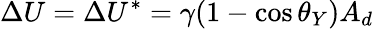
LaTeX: \Delta U=\Delta U^{*}=\gamma(1-\cos\theta_{Y})A_{d}